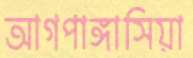
আগপাঙ্গাসিয়া